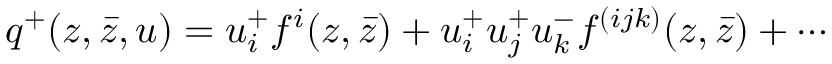
q ^ { + } ( z , \bar { z } , u ) = u _ { i } ^ { + } f ^ { i } ( z , \bar { z } ) + u _ { i } ^ { + } u _ { j } ^ { + } u _ { k } ^ { - } f ^ { ( i j k ) } ( z , \bar { z } ) + \cdots